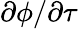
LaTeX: \partial\phi/\partial\tau